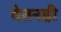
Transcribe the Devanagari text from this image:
वेतनही